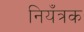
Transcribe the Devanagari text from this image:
नियँत्रक